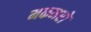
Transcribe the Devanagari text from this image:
मकमरो